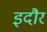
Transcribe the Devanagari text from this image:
इदौर